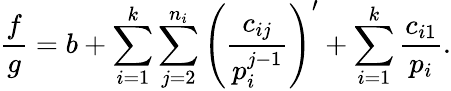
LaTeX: {\frac{f}{g}}=b+\sum_{i=1}^{k}\sum_{j=2}^{n_{i}}\left({\frac{c_{ij}}{p_{i}^{j-1}}}\right)^{\prime}+\sum_{i=1}^{k}{\frac{c_{i1}}{p_{i}}}.